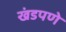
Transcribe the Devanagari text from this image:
खंडपणे